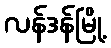
လန်ဒန်မြို့